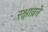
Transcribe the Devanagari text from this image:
रक्षाव्रते